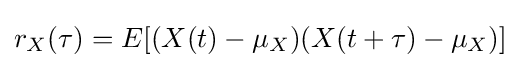
r_{X}(\tau )=E[(X(t)-\mu _{X})(X(t+\tau )-\mu _{X})]